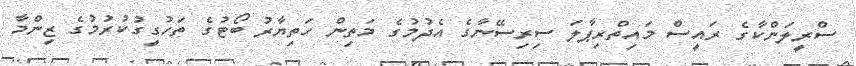
ސްރީލަންކާގެ ރައީސް މައިތްރިޕާލަ ސިރިސޭނާގެ އެދުމުގެ މަތިން ހަތިޔާރު ބޯޓުގެ ތަހުގީގުކުރުމުގެ ޒިންމާ